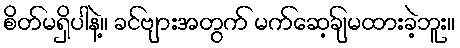
စိတ်မရှိပါနဲ့။ ခင်ဗျားအတွက် မက်ဆေ့ချ်မထားခဲ့ဘူး။